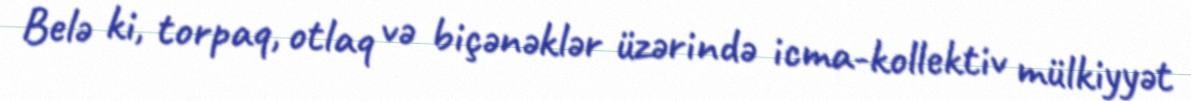
Belə ki, torpaq, otlaq və biçənəklər üzərində icma-kollektiv mülkiyyət